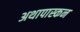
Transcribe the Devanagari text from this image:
अथापास्कन